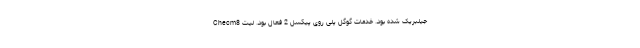
Checm8 جیلبریک شده بود. خدمات گوگل پلی روی پیکسل 2 فعال بود. لیت